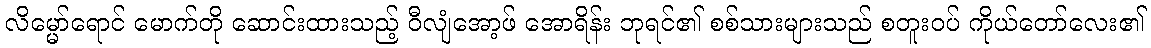
လိမ္မော်ရောင် မောက်တို ဆောင်းထားသည့် ဝီလျံအော့ဖ် အောရိန်း ဘုရင်၏ စစ်သားများသည် စတူးဝပ် ကိုယ်တော်လေး၏